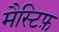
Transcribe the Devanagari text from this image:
मैस्टिफ़